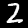
Digit: 2